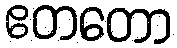
ဧတတော